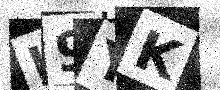
Text: I9YK